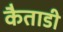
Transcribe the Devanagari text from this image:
कैताडी